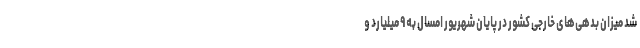
شد میزان بدهی‌های خارجی کشور در پایان شهریور امسال به ۹ میلیارد و